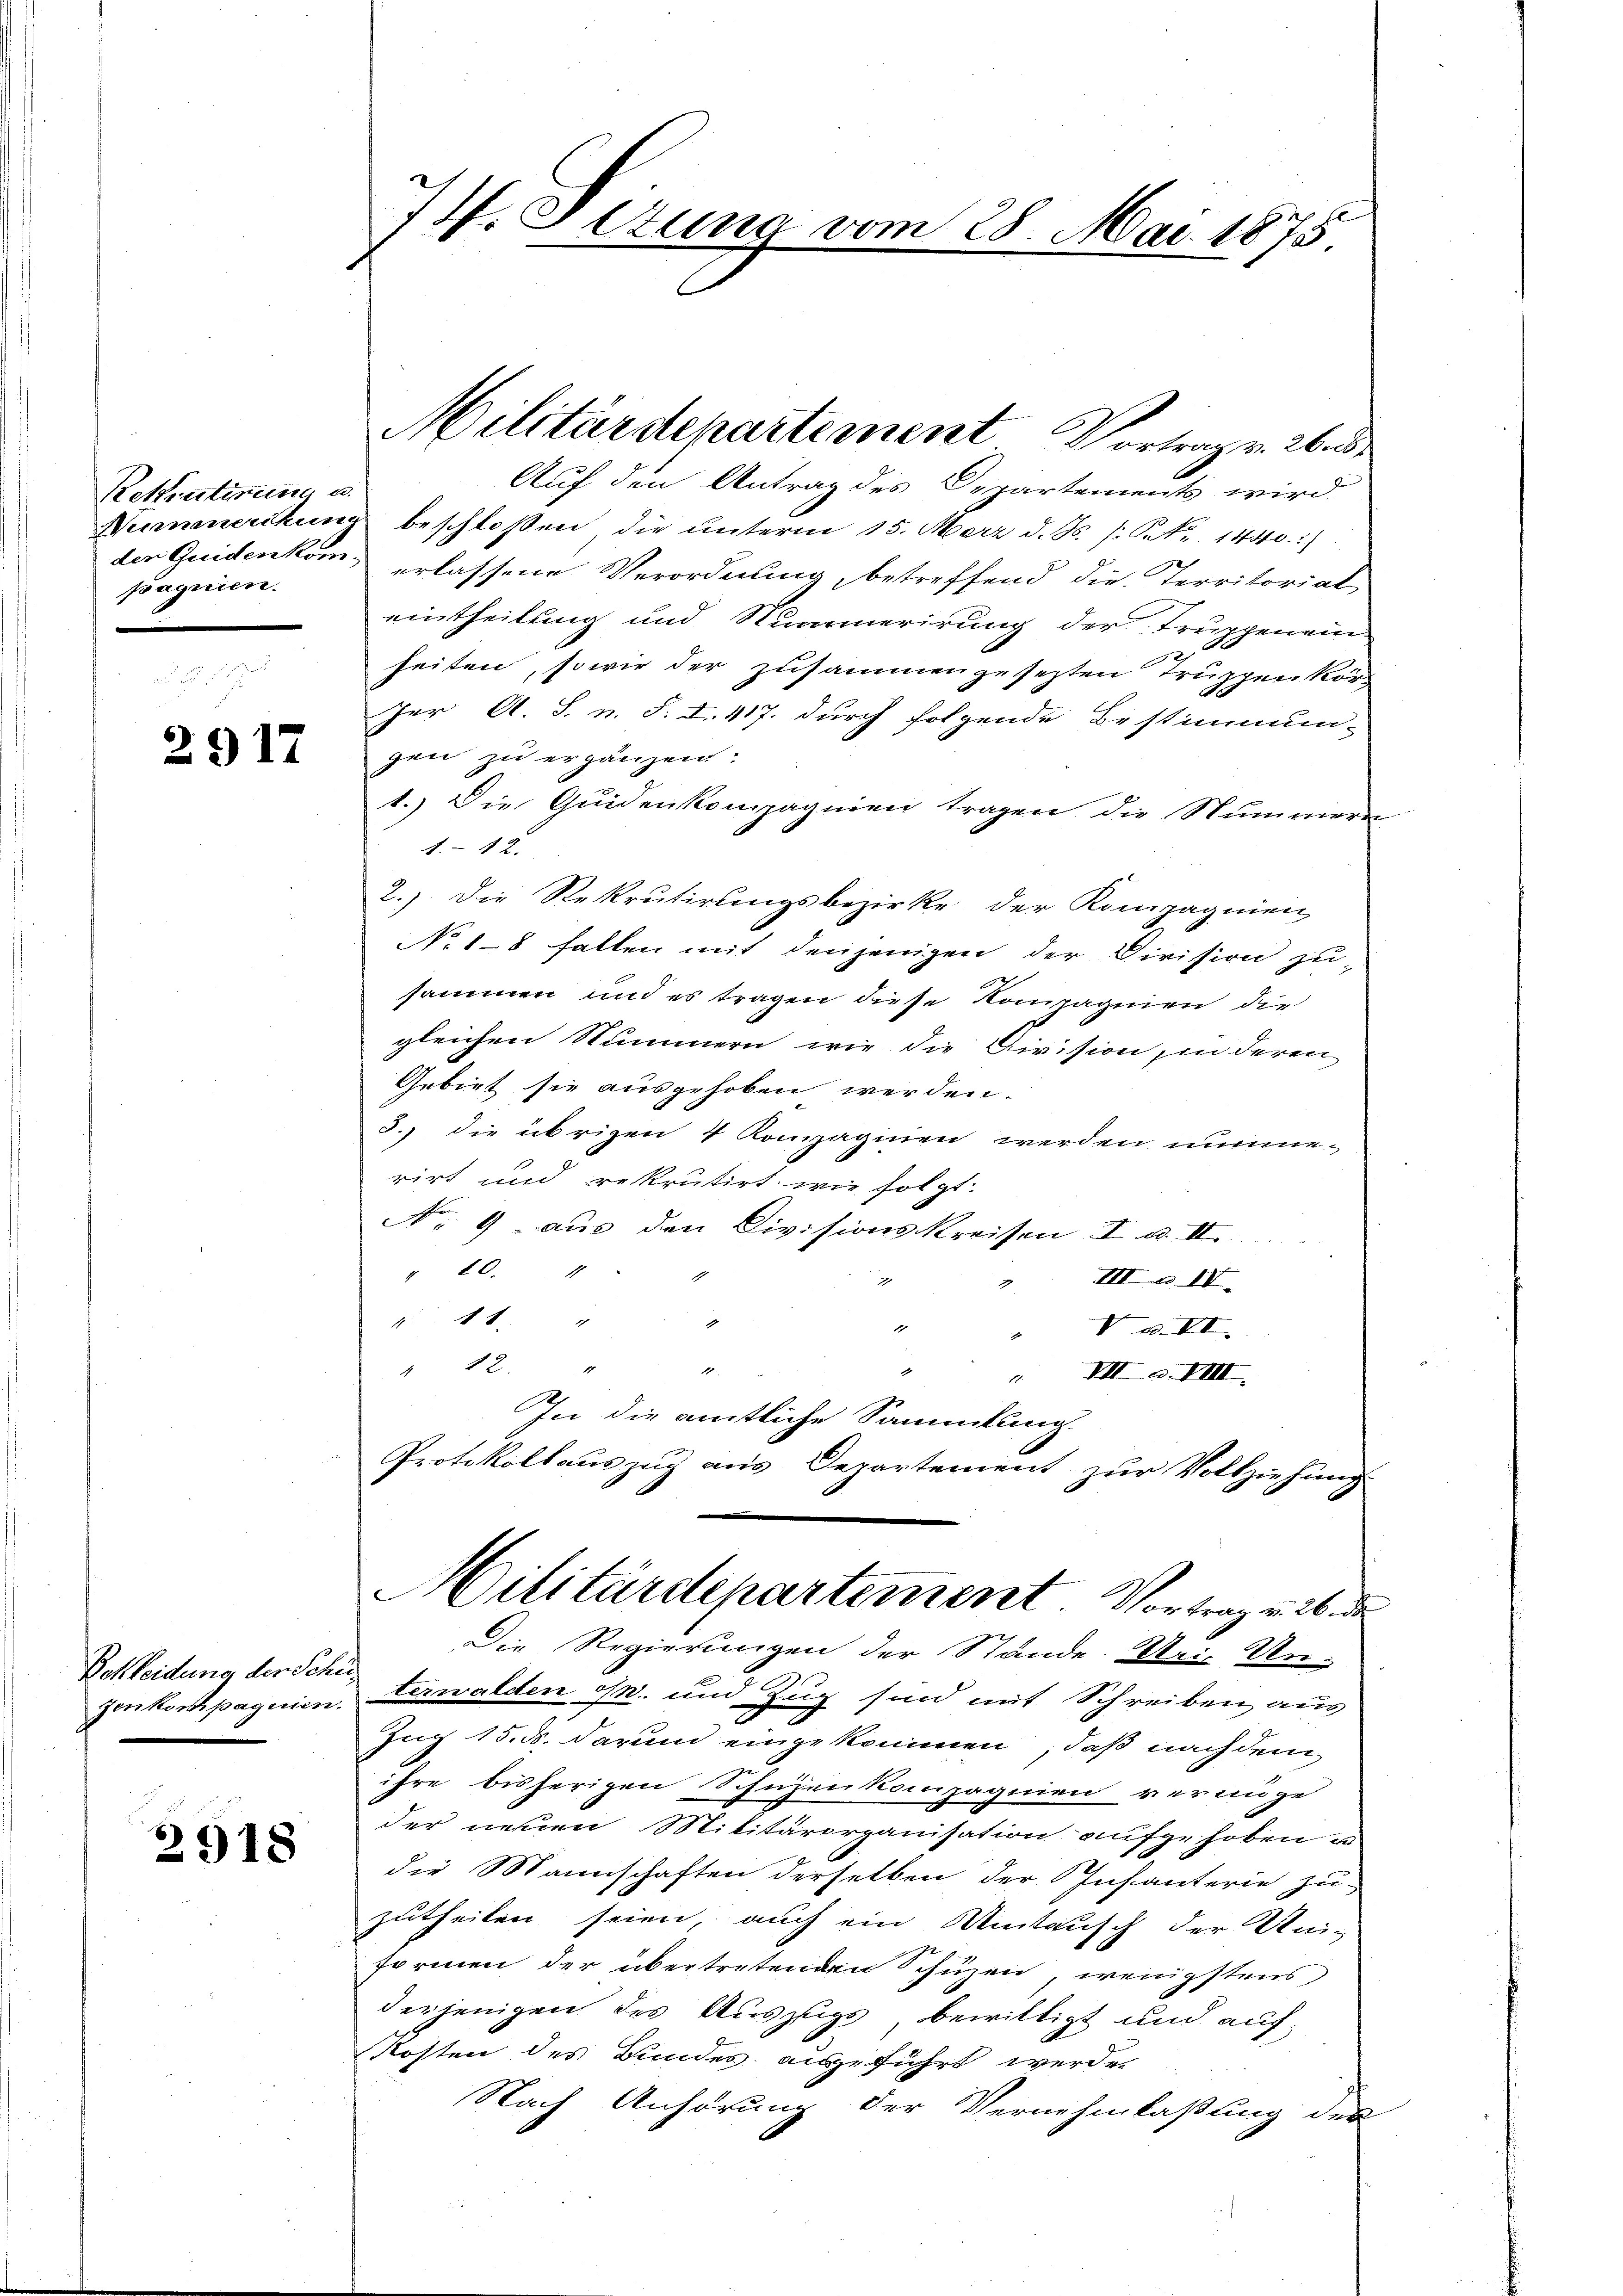
Rekrutinung u.
pagnien.

2917

Bettleidung der Schu¬

2918

74. Setung vom 28. Mai 1875

Auf den Antrag des Departements wird
Nummerckung beschloßen, die unterm 15. März d. Js. s. S. 1440.)
der Guidenkom erlassene Verordnung, betreffend die Territorial
eintheilung und Nuamerirung der Truppen ein
x
heiten, sowie der zusammengesetzten Truppen kör¬
Jer A. S. n. F. I. 417. durch folgende Bestimmun-
gen zu ergänzen:
1.) Die Quidenkompagnien tragen, die Nummern
44 x
2.) Die Rekrutirungsbezirke der Kompagnien
No 18 fallen mit denjenigen der Division zu-
sammen und es tragen diese Kompagnien die
gleichen Nummern, wie die Division, in deren
Gebiet sie ausgehoben werden.
3.) die übrigen 4 Kompaginen werden nunmerirt und rekrutirt, wie folgt.
No. 9. aus den Divisionskreisen I. d. II.
" 20. 4
IIIa IV
2
x
 11 "
1
1
V u. VI.
22
.
" VII S. VIII.
In die amtliche Sammlung
Protokollauszug aus Departement zur Vollziehung

Militärdepartement Vortrag v. 26.

Die Regierungen der Stände. Uri, Un-
genkompagnien. Verwalden osn. und Zug sind mit Schreiben aus
Zug 15. ds. darum eingekommen, daß nach dem
ihre bisherigen Schüzenkompagnien vernüge
der neuen Militärorganisation aufgehoben un
die Mannschaften derselben der Infanterie zu-
zutheilen seien, auch ein Mitausch der Uni-
formen der übertretenden Schüzen, wenigstens
derjenigen des Auszugs bewilligt und auf¬
Kosten des Bundes ausgeführt werde.
Nach Anhörung der Vernehmlaßung des

Militärdepartement Vortrag v. 26. de